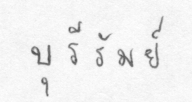
บุรีรัมย์